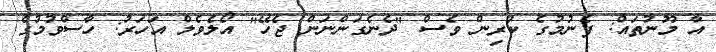
އާ މޫނުތައް: ފެނުމުގެ ކުރިން ވެސް "ދެނެގަންނަން ޖެހޭ" އޯލެވެލް އަހަރު: ހާސްވުމުގެ